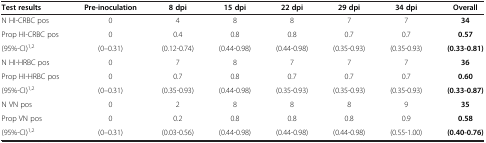
<table><thead><tr><td><b>Test results</b></td><td><b>Pre-inoculation</b></td><td><b>8 dpi</b></td><td><b>15 dpi</b></td><td><b>22 dpi</b></td><td><b>29 dpi</b></td><td><b>34 dpi</b></td><td><b>Overall</b></td></tr></thead><tbody><tr><td>N HI-CRBC pos</td><td>0</td><td>4</td><td>8</td><td>8</td><td>7</td><td>7</td><td><b>34</b></td></tr><tr><td>Prop HI-CRBC pos</td><td>0</td><td>0.4</td><td>0.8</td><td>0.8</td><td>0.7</td><td>0.7</td><td><b>0.57</b></td></tr><tr><td>(95%-CI)<sup>1,2</sup></td><td>(0–0.31)</td><td>(0.12-0.74)</td><td>(0.44-0.98)</td><td>(0.44-0.98)</td><td>(0.35-0.93)</td><td>(0.35-0.93)</td><td><b>(0.33-0.81)</b></td></tr><tr><td>N HI-HRBC pos</td><td>0</td><td>7</td><td>8</td><td>7</td><td>7</td><td>7</td><td><b>36</b></td></tr><tr><td>Prop HI-HRBC pos</td><td>0</td><td>0.7</td><td>0.8</td><td>0.7</td><td>0.7</td><td>0.7</td><td><b>0.60</b></td></tr><tr><td>(95%-CI)<sup>1,2</sup></td><td>(0–0.31)</td><td>(0.35-0.93)</td><td>(0.44-0.98)</td><td>(0.35-0.93)</td><td>(0.35-0.93)</td><td>(0.35-0.93)</td><td><b>(0.33-0.87)</b></td></tr><tr><td>N VN pos</td><td>0</td><td>2</td><td>8</td><td>8</td><td>8</td><td>9</td><td><b>35</b></td></tr><tr><td>Prop VN pos</td><td>0</td><td>0.2</td><td>0.8</td><td>0.8</td><td>0.8</td><td>0.9</td><td><b>0.58</b></td></tr><tr><td>(95%-CI)<sup>1,2</sup></td><td>(0–0.31)</td><td>(0.03-0.56)</td><td>(0.44-0.98)</td><td>(0.44-0.98)</td><td>(0.44-0.98)</td><td>(0.55-1.00)</td><td><b>(0.40-0.76)</b></td></tr></tbody></table>